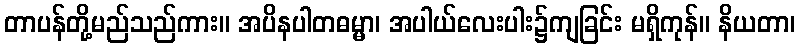
တာပန်တို့မည်သည်ကား။ အပိနပါတဓမ္မာ၊ အပါယ်လေးပါး၌ကျခြင်း မရှိကုန်။ နိယတာ၊